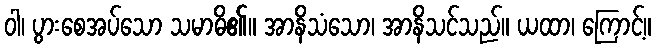
ဝါ၊ ပွားစေအပ်သော သမာဓိ၏။ အာနိသံသော၊ အာနိသင်သည်။ ယထာ၊ ကြောင့်။